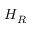
H _ { R }